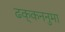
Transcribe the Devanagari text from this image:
ढक्कननुमा